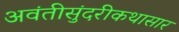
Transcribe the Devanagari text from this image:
अवंतीसुंदरीकथासार